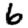
Digit: 6